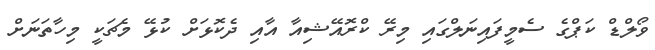
ވޯލްޑް ކަޕްގެ ސެމީފައިނަލްގައި މިރޭ ކްރޮއޭޝިއާ އާއި ދެކޮޅަށް ކުޅޭ މެޗަކީ މިހާތަނަށް